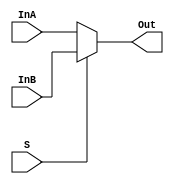
/*
    CS/ECE 552 Spring '19
    Homework #3, Problem 1

    2-1 mux template
*/
module mux2_1(InA, InB, S, Out);
   parameter NUM_BITS=1;
      
    input   [NUM_BITS-1:0] InA, InB;
    input   S;
    output  [NUM_BITS-1:0] Out;

    assign Out = S ? InB : InA;


endmodule